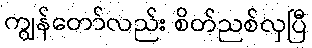
ကျွန်တော်လည်း စိတ်ညစ်လှပြီ